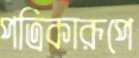
পত্রিকারূপে